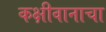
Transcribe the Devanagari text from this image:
कक्षीवानाचा